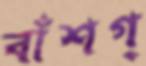
বাঁশগ্